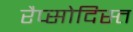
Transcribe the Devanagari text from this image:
रैप्सोदिस्त